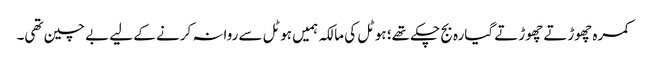
کمرہ چھوڑتے چھوڑتے گیارہ بج چکے تھے؛ ہوٹل کی مالکہ ہمیں ہوٹل سے روانہ کرنے کے لیے بے چین تھی۔